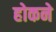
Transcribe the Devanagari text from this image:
होकने